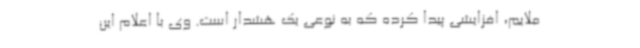
ملایم، افزایشی پیدا کرده که به نوعی یک هشدار است. وی با اعلام این